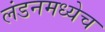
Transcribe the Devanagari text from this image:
लंडनमध्येच